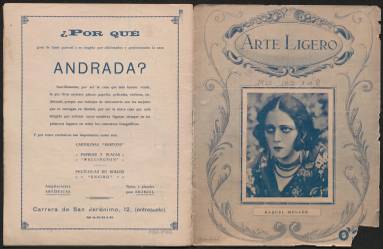
Título: Arte ligero
Colección: Espectáculos || Revistas femeninas
Ámbito geográfico: Madrid
Lugar de publicación: Madrid
Fechas: 05/03/1922-23/04/1922